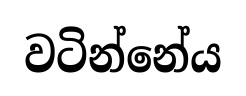
වටින්නේය